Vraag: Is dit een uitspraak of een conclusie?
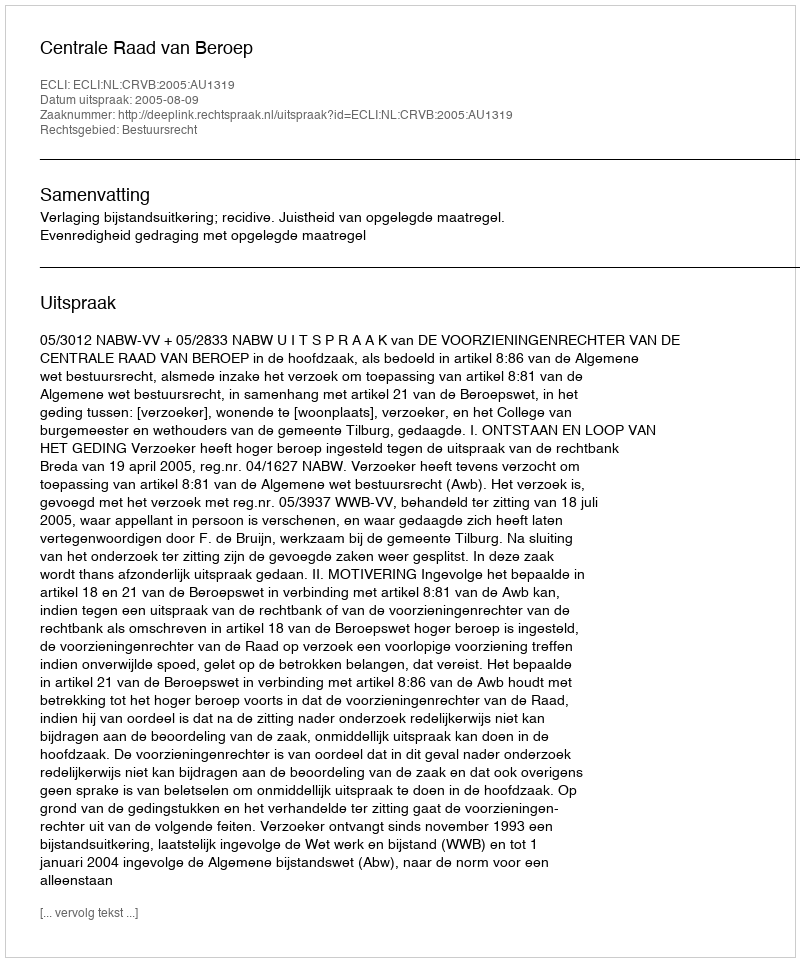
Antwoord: Uitspraak